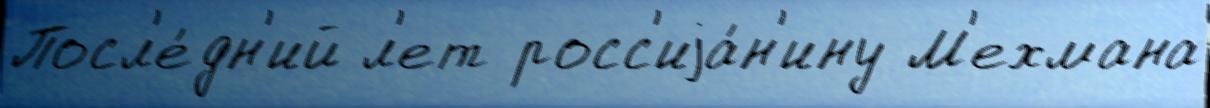
Посл'е́дн'ий л'ет росс'иjа́н'ину М'ехмана